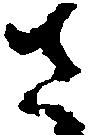
さ